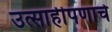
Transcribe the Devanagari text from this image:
उत्साहीपणाचे